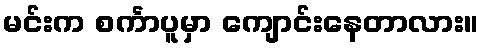
မင်းက စင်္ကာပူမှာ ကျောင်းနေတာလား။